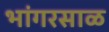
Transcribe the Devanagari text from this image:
भांगरसाळ